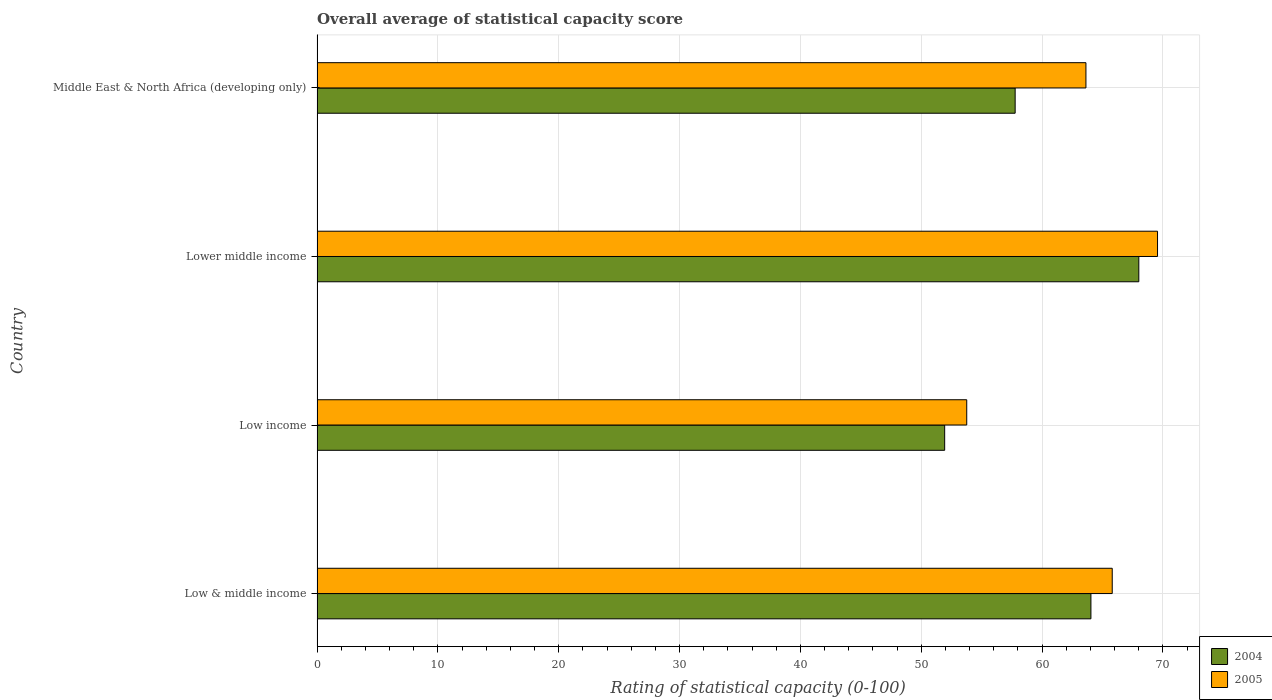
| Country | 2004 | 2005 |
 | --- | --- | --- |
 | Low & middle income | 64 | 65.8 |
 | Low income | 51.9 | 53.8 |
 | Lower middle income | 68 | 69.6 |
 | Middle East & North Africa (developing only) | 57.8 | 63.6 |